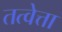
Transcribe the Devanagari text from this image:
तत्वेत्ता